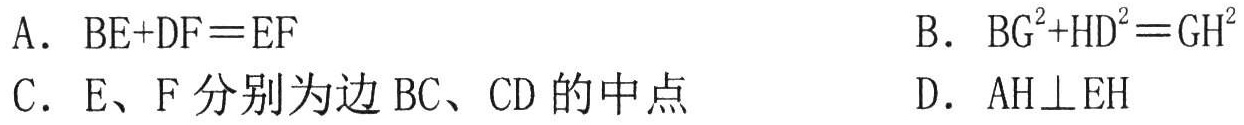
A. \(BE + DF=EF\)

B. \(BG^{2}+HD^{2}=GH^{2}\)

C. \(E、F\)分别为边\(BC、CD\)的中点

D. \(AH\perp EH\)